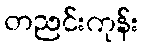
တညင်းကုန်း